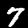
Label: 7